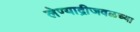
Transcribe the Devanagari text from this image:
लेण्याद्रीजवळच्या